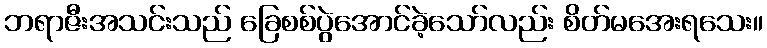
ဘရာဇီးအသင်းသည် ခြေစစ်ပွဲအောင်ခဲ့သော်လည်း စိတ်မအေးရသေး။